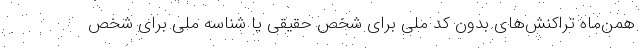
همن‌ماه تراکنش‌های بدون کد ملی برای شخص حقیقی یا شناسه ملی برای شخص